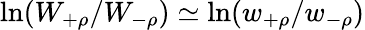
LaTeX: \ln(W_{+\rho}/W_{-\rho})\simeq\ln(w_{+\rho}/w_{-\rho})